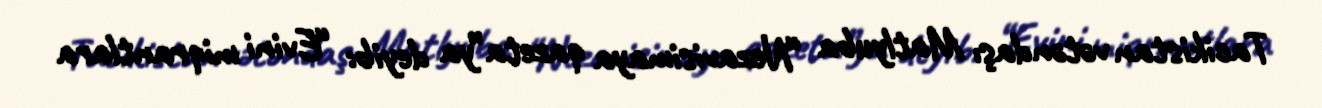
Tacikistan vətəndaşı Matlyuba “Nezavisimaya qazeta”ya deyib: “Evini miqrantlara